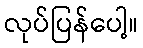
လုပ်ပြန်ပေါ့။